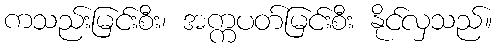
ကသည်းမြင်းစီး၊ အက္ကပတ်မြင်းစီး နိုင်လှသည်။